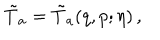
\tilde { T } _ { a } = \tilde { T } _ { a } ( q , p ; \eta ) \, ,